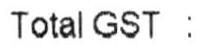
TOTAL GST :